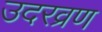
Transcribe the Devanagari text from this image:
उदरव्रण